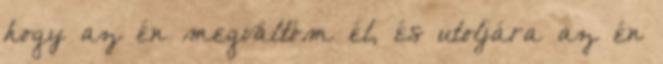
hogy az én megváltóm él, és utoljára az én